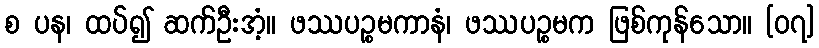
စ ပန၊ ထပ်၍ ဆက်ဦးအံ့။ ဖဿပဉ္စမကာနံ၊ ဖဿပဉ္စမက ဖြစ်ကုန်သော။ [၀၇]